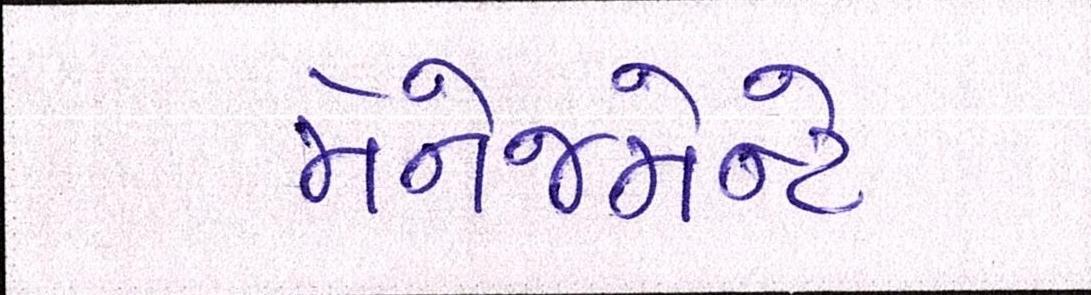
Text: મૅનેજમેન્ટે